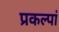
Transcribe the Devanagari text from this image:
प्रकल्पां